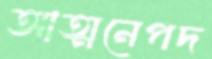
আত্মনেপদ